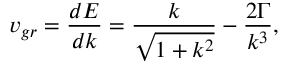
{ v _ { g r } } = \frac { { d E } } { { d k } } = \frac { k } { { \sqrt { 1 + { k ^ { 2 } } } } } - \frac { { 2 \Gamma } } { { { k ^ { 3 } } } } ,